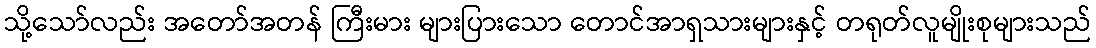
သို့သော်လည်း အတော်အတန် ကြီးမား များပြားသော တောင်အာရှသားများနှင့် တရုတ်လူမျိုးစုများသည်